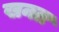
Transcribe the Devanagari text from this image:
खनत